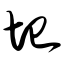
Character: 圮